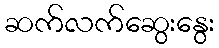
ဆက်လက်ဆွေးနွေး